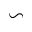
\backsim